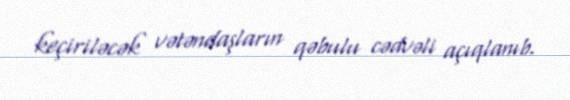
keçiriləcək vətəndaşların qəbulu cədvəli açıqlanıb.